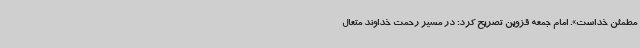
مطمئن خداست». امام جمعه قزوین تصریح کرد: در مسیر رحمت خداوند متعال